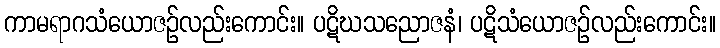
ကာမရာဂသံယောဇဉ်လည်းကောင်း။ ပဋိဃသညောဇနံ၊ ပဋိသံယောဇဉ်လည်းကောင်း။